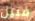
فتيل